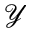
\mathcal Y